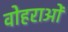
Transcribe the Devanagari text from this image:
वोहराओं